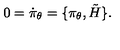
0 = \dot { \pi } _ { \theta } = \lbrace \pi _ { \theta } , \tilde { H } \rbrace .